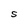
Character: S